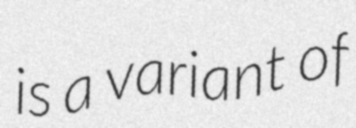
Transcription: is a variant of